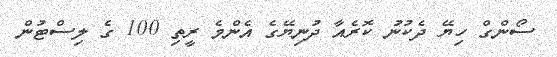
ސޯންގް ހިޔޭ ދެކުނު ކޮރެއާ ދުނިޔޭގެ އެންމެ ރީތި 100 ގެ ލިސްޓުން